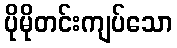
ပိုမိုတင်းကျပ်သော